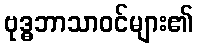
ဗုဒ္ဓဘာသာဝင်များ၏